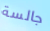
جالسة